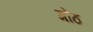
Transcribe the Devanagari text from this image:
गोंठ